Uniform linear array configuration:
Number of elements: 24
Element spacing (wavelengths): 0.5
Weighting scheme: blackman
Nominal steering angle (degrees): -30
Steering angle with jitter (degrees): -31.355
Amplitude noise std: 0.05
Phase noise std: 0.05

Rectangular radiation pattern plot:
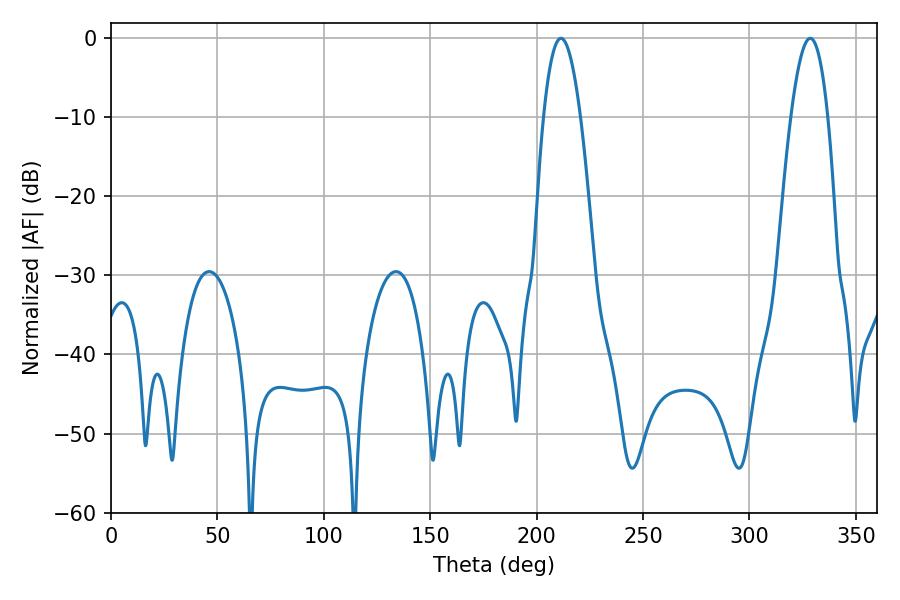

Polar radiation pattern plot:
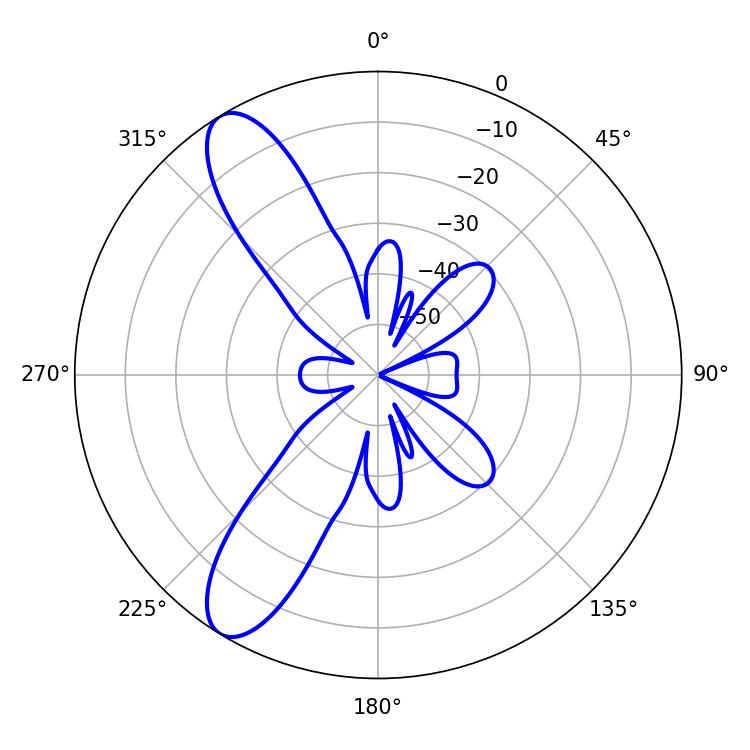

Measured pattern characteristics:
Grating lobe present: FALSE
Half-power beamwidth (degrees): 9.54
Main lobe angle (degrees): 211.5